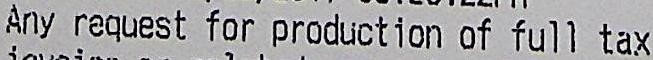
ANY REQUEST FOR PRODUCTION OF FULL TAX